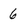
Character: 6